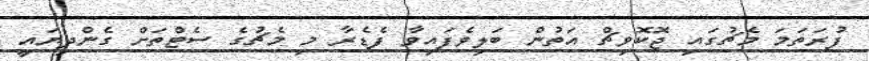
ފުރަތަމަ މެޗުގައި ޖޮކޮވިޗް އަތުން ބަލިވެފައިވާ ފެޑެރާ މި މެޗުގެ ސެޓްތަށް ގެންދިޔައީ